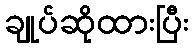
ချုပ်ဆိုထားပြီး